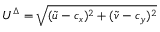
U ^ { \Delta } = \sqrt { ( \widetilde { u } - c _ { x } ) ^ { 2 } + ( \widetilde { v } - c _ { y } ) ^ { 2 } }